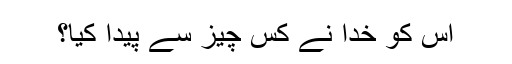
اس کو خدا نے کس چیز سے پیدا کیا؟